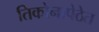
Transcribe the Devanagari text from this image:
तिकोनापेठेत